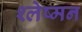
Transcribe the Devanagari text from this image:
श्‍लेष्‍मन